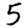
Digit: 5